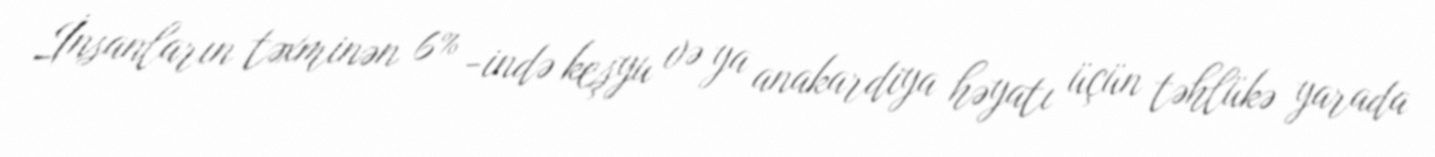
İnsanların təxminən 6% -ində keşyu və ya anakardiya həyatı üçün təhlükə yarada